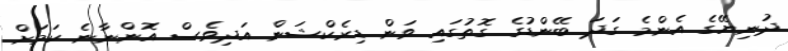
ދުނިޔޭގެ އެންމެ ގަދަ ބޭންޑުގެ ގޮތުގައި ވަން ޑިރެކްޝަން އަދިވެސް އޮންނާނެ ކަމަށް